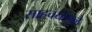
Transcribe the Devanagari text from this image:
साहचर्यामुळे